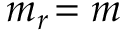
m _ { r } \! = m